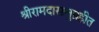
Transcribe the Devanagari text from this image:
श्रीरामदासानुग्रहीत